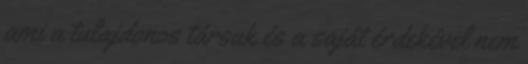
ami a tulajdonos társak és a saját érdekével nem